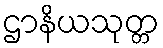
ဌာနိယသုတ္တ